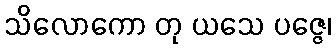
သိလောကော တု ယသေ ပဇ္ဇေ၊